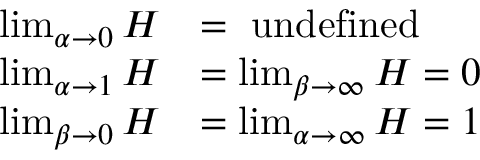
{ \begin{array} { r l } { \operatorname* { l i m } _ { \alpha \to 0 } H } & { = { \mathrm { ~ u n d e f i n e d ~ } } } \\ { \operatorname* { l i m } _ { \alpha \to 1 } H } & { = \operatorname* { l i m } _ { \beta \to \infty } H = 0 } \\ { \operatorname* { l i m } _ { \beta \to 0 } H } & { = \operatorname* { l i m } _ { \alpha \to \infty } H = 1 } \end{array} }